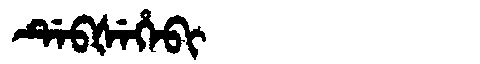
Manchu: ᡩᡝᠪᡧᡝᡥᡝᠪᡳ
Romanization: DEBŠEHEBI